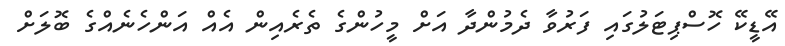
އޭޑީކޭ ހޮސްޕިޓަލުގައި ފަރުވާ ދެމުންދާ އަށް މީހުންގެ ތެރެއިން އެއް އަންހެނެއްގެ ބޮލަށް